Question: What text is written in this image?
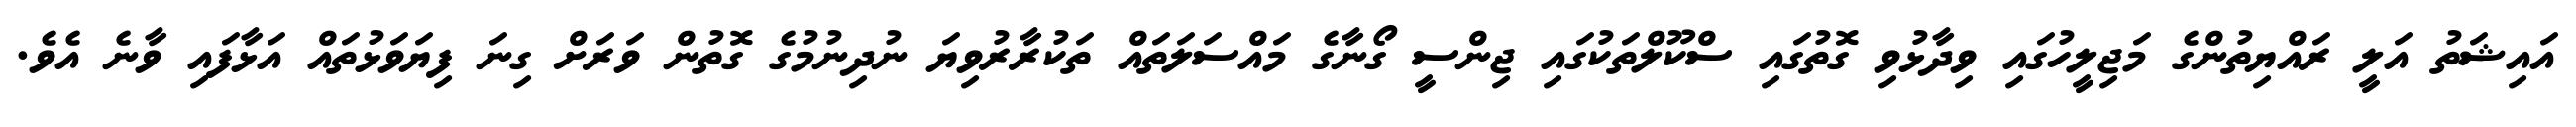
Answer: އައިޝަތު އަލީ ރައްޔިތުންގެ މަޖިލީހުގައި ވިދާޅުވި ގޮތުގައި ސްކޫލްތަކުގައި ޖިންސީ ގޯނާގެ މައްސަލަތައް ތަކުރާރުވިޔަ ނުދިނުމުގެ ގޮތުން ވަރަށް ގިނަ ފިޔަވަޅުތައް އަޅާފައި ވާނެ އެވެ.